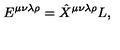
E ^ { \mu \nu \lambda \rho } = \hat { X } ^ { \mu \nu \lambda \rho } L ,